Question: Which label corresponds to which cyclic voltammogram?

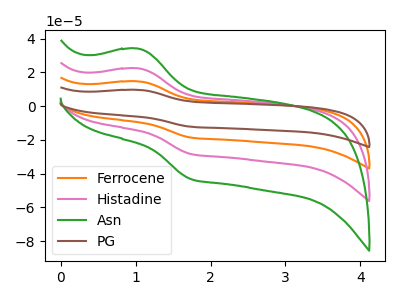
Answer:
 <answer>The orange curve is labeled "Ferrocene". The pink curve is labeled "Histadine". The green curve is labeled "Asn". The brown curve is labeled "PG".</answer>
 <eval></eval>